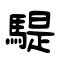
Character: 騠